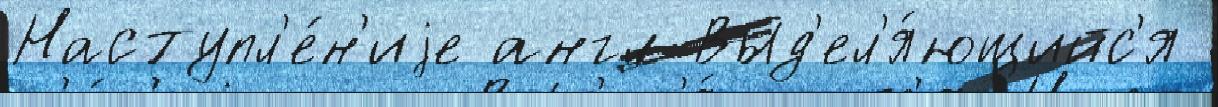
Наступл'е́н'иjе англ Выд'ел'я́ющийс'я